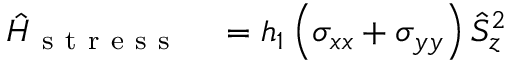
\begin{array} { r l } { \hat { H } _ { \mathrm { ~ s ~ t ~ r ~ e ~ s ~ s ~ } } } & { { } = h _ { 1 } \left( \sigma _ { x x } + \sigma _ { y y } \right) \hat { S } _ { z } ^ { 2 } } \end{array}